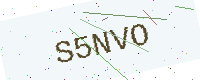
Text: S5NVO